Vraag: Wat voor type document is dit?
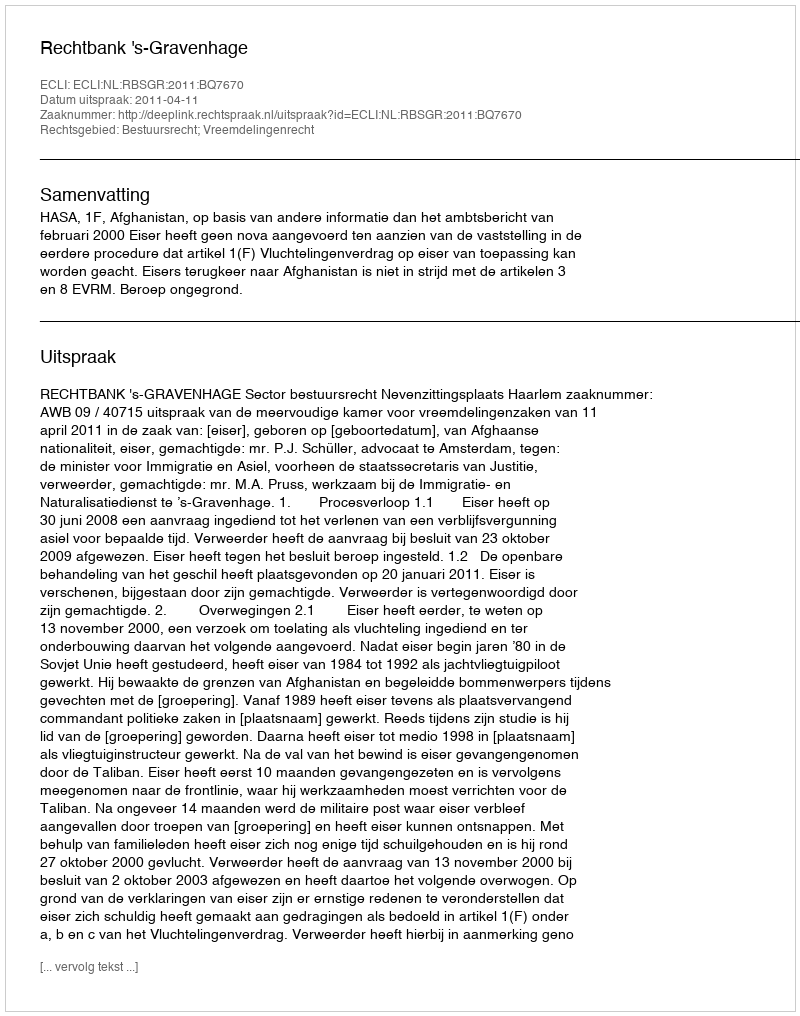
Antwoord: Uitspraak